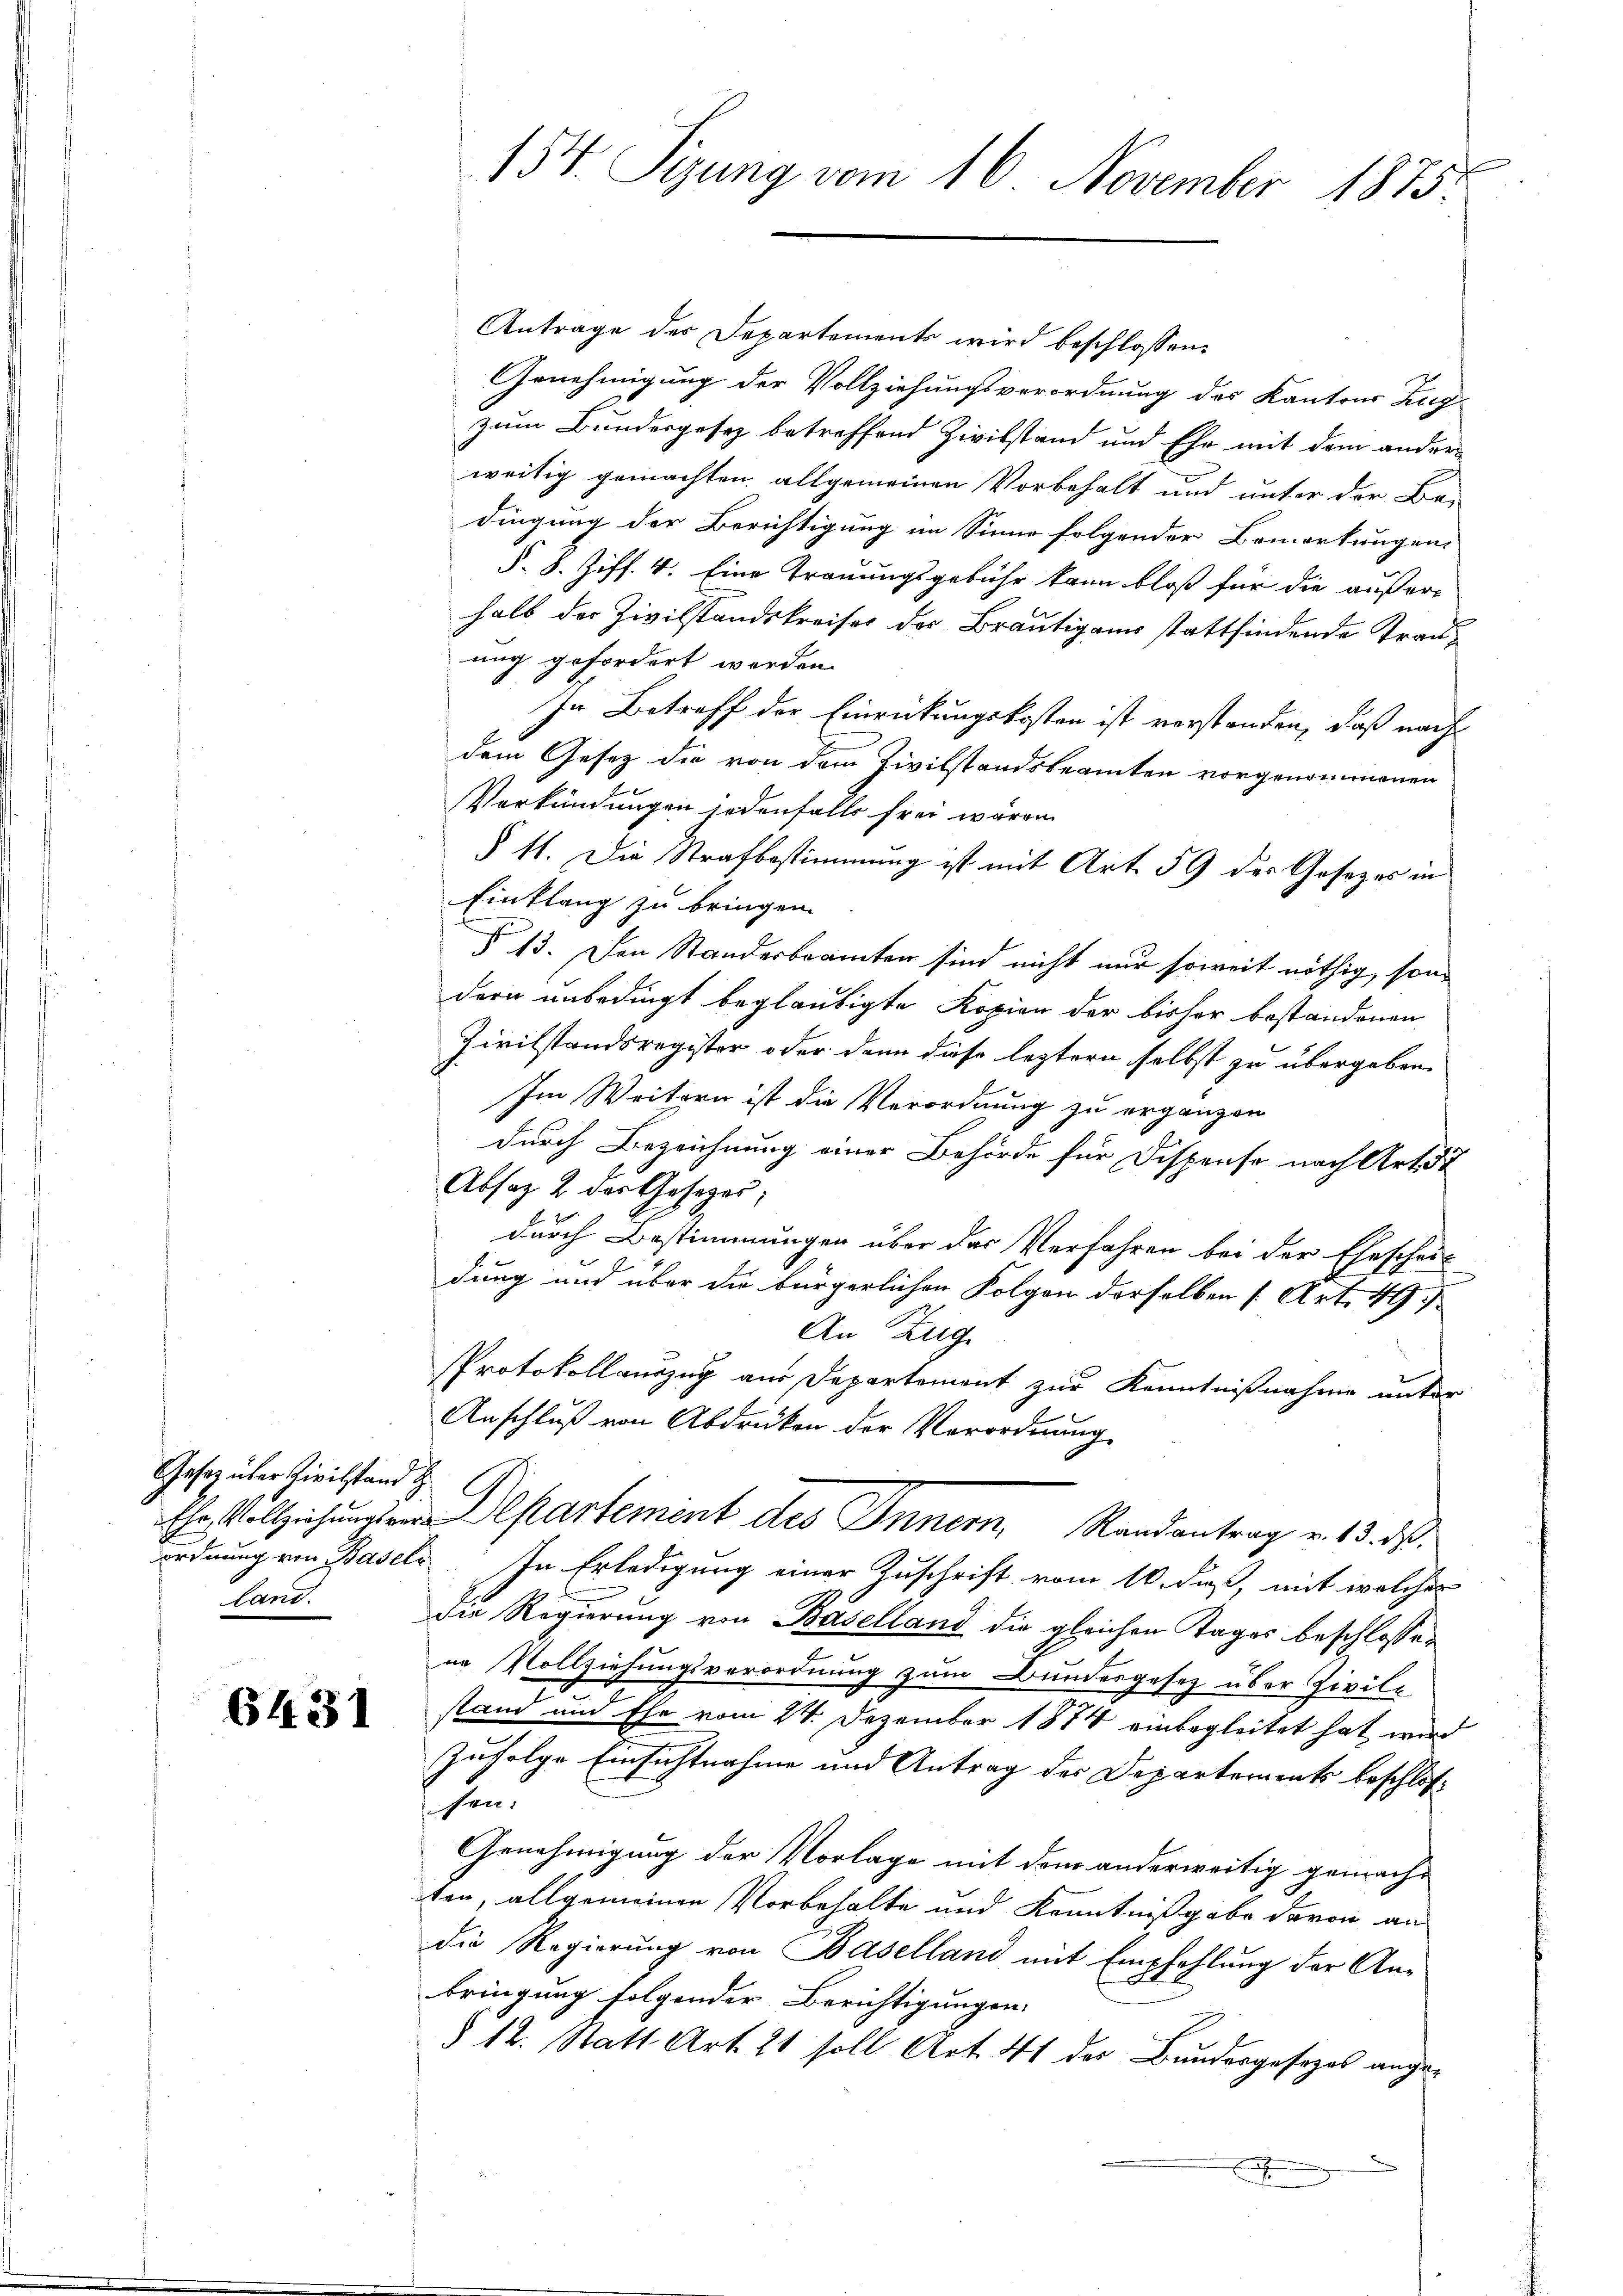
Gesetz über Zivilstand & G
Land

6431

154. Sizung vom 16. November 1875.

Antrage des Departements wird beschlossen:
Genehmigung der Vollziehungsverordnung des Kantons Zug
zum Bundesgesez betreffend Zivilstand und Ehr mit dem anderweitig gemachten allgemeinen Vorbehalt und unter der Be-
dingung der Berichtigung im Sinne folgender Bemerkungen-
§. 8. Ziff. 4. Eine Trauungsgebühr kann bloß für die außer-
halb der Zivilstandskreises der Bräutigams stattfindende Trauung gefordert werden.
In Betreff der Einrückungskosten ist verstanden, daß nach
dem Gesetz die von dem Zivilstandsbeamten vorgenommenen
Verkündungen jedenfalls frei wären
§ 41. Die Strafbestimmung ist mit Art. 59 des Gesetzes in
Einklang zu bringen.
§ 13. Den Standerbeamten sind nicht nur soweit nöthig, sondern unbedingt beglaubigte Kopien der bisher bestandenen
Zivilstandsregister oder dann diese leztern selbst zu übergeben.
Im Weitern ist die Verordnung zu ergänzen
durch Bezeichnung einer Behörde für Dispense nach Art. 52
Absatz 2 der Gesetzes,
durch Bestimmungen über das Verfahren bei der Ehescheit
dung und über die bürgerlichen Folgen derselben (Art. 497.
An Zug
Protokollauszug aus Departement zur Kenntnißnahme unter
Anschluß von Abdrücken der Verordnung
 partement des Innern, Randantrag v. 13. ds.
ordnung von Basels. In Erledigung einer Zuschrift vom 10. daß, mit welcher
die Regierung von Baselland die gleichen Tages beschlossen
ne Vollziehungsverordnung zum Bundesgesetz über Zivil-
stand und Ehe vom 24. Dezember 1874 einbegleitet hat wird
zufolge Einsichtnahme und Antrag der Departement beschlos-
sen:
Genehmigung der Vorlage mit dem anderweitig gemache
ten, allgemeinen Vorbehalte und Kenntnißgabe davon an
die Regierung von Baselland mit Empfehlung der Anbringung folgender Berichtigungen.
§ 12. Statt Art. 21 soll Art. 41 der Bundergesezes angex